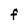
Character: F